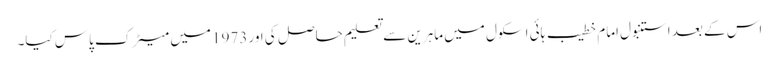
اس کے بعد استنبول امام خطیب ہائی اسکول میں ماہرین سے تعلیم حاصل کی اور 1973 میں میٹرک پاس کیا۔